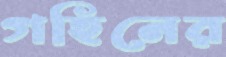
গহিনের